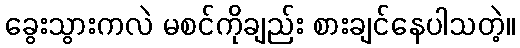
ခွေးသွားကလဲ မစင်ကိုချည်း စားချင်နေပါသတဲ့။